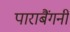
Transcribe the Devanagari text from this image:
पाराबैंगनी